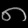
Digit: ၈